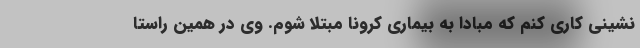
نشینی کاری کنم که مبادا به بیماری کرونا مبتلا شوم. وی در همین راستا